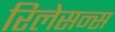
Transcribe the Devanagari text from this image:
रिलेसन्स